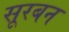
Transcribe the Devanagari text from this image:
सूरबन